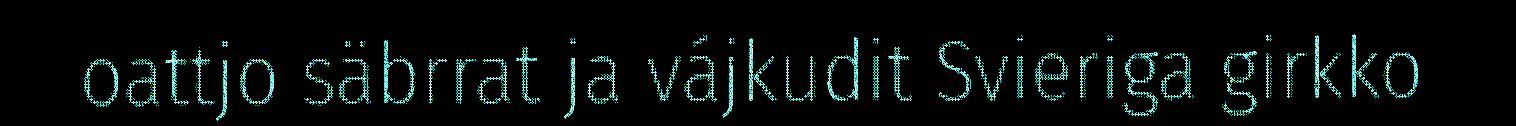
oattjo säbrrat ja vájkudit Svieriga girkko